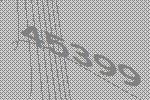
45399